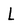
Character: L